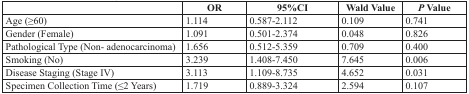
<table><thead><tr><td></td><td><b>OR</b></td><td><b>95%CI</b></td><td><b>Wald Value</b></td><td><b><i>P</i> Value</b></td></tr></thead><tbody><tr><td>Age (≥60)</td><td>1.114</td><td>0.587-2.112</td><td>0.109</td><td>0.741</td></tr><tr><td>Gender (Female)</td><td>1.091</td><td>0.501-2.374</td><td>0.048</td><td>0.826</td></tr><tr><td>Pathological Type (Non- adenocarcinoma)</td><td>1.656</td><td>0.512-5.359</td><td>0.709</td><td>0.400</td></tr><tr><td>Smoking (No)</td><td>3.239</td><td>1.408-7.450</td><td>7.645</td><td>0.006</td></tr><tr><td>Disease Staging (Stage IV)</td><td>3.113</td><td>1.109-8.735</td><td>4.652</td><td>0.031</td></tr><tr><td>Specimen Collection Time (≤2 Years)</td><td>1.719</td><td>0.889-3.324</td><td>2.594</td><td>0.107</td></tr></tbody></table>